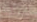
اعطنا